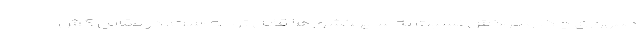
جمهوری چک و مراکش نسبت به سایر کشور‌ها قابل توجه است. در مقابل کش